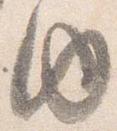
内